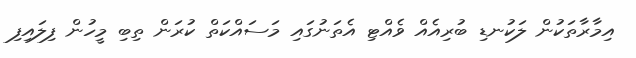
އިމާރާތަކުން ލަކުނޑި ބުރިއެއް ވެއްޓި އެތަނުގައި މަސައްކަތް ކުރަން ތިބި މީހުން ފިލައިފި